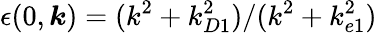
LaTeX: \epsilon(0,\boldsymbol{k})=(k^{2}+k_{D1}^{2})/(k^{2}+k_{e1}^{2})